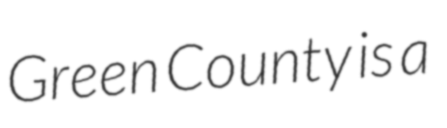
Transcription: Green County is a